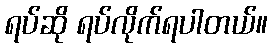
ရပ်ဆို ရပ်လိုက်ရပါတယ်။